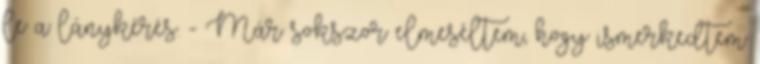
le a lánykérés. - Már sokszor elmeséltem, hogy ismerkedtem